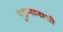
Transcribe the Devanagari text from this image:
युइन्नानाची